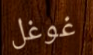
غوغل